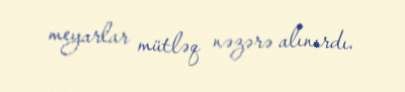
meyarlar mütləq nəzərə alınırdı.